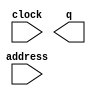
module imem (
	address,
	clock,
	q);

	input	[11:0]  address;
	input	  clock;
	output	[31:0]  q;
`ifndef ALTERA_RESERVED_QIS
// synopsys translate_off
`endif
	tri1	  clock;
`ifndef ALTERA_RESERVED_QIS
// synopsys translate_on
`endif

endmodule